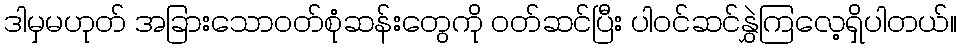
ဒါမှမဟုတ် အခြားသောဝတ်စုံဆန်းတွေကို ဝတ်ဆင်ပြီး ပါဝင်ဆင်နွှဲကြလေ့ရှိပါတယ်။